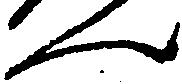
ん